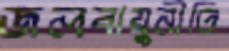
জলবায়ুনীতি